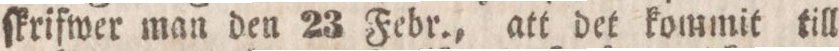
ſkrifwer man den 23 Febr., att det kommit till